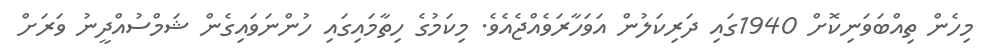
މިހެން ތިއްބަވަނިކޮށް 1940ގައި ދަރިކަލުން އަވަހާރަވެއްޖެއެވެ. މިކަމުގެ ހިތާމައިގައި ހުންނަވައިގެން ޝަމްސުއްދީނު ވަރަށް